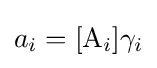
a_{i}=[\mathrm {A} _{i}]\gamma _{i}